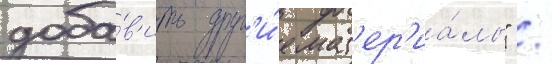
доба́в'ить друг'и́е мат'ер'иа́лы" /